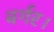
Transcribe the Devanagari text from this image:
बर्गर।